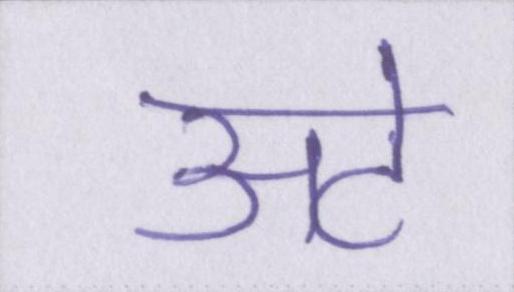
अटे